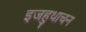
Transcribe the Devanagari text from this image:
इजहुथाचन